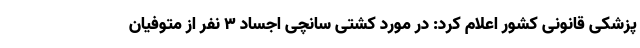
پزشکی قانونی کشور اعلام کرد: در مورد کشتی سانچی اجساد ۳ نفر از متوفیان